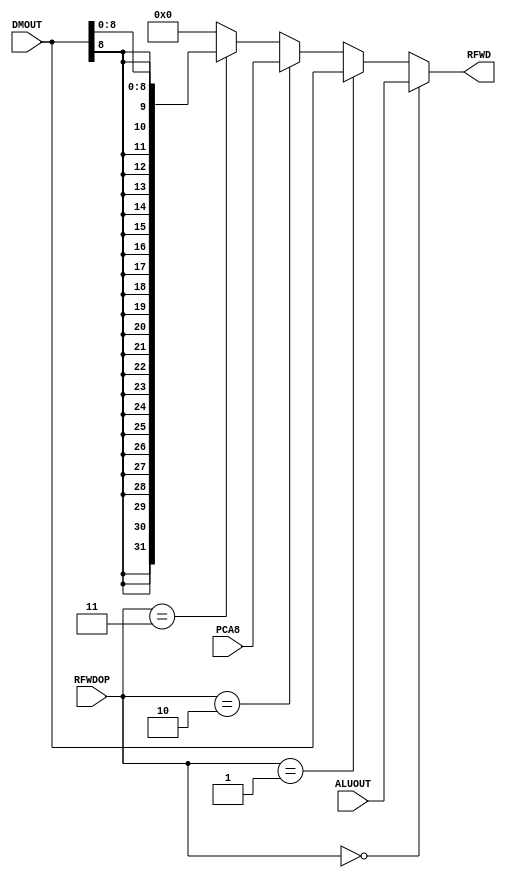
`timescale 1ns / 1ps

module RFWDMUX (input [2:0] RFWDOP,
                input [31:0] ALUOUT,
                input [31:0] DMOUT,
                input [31:0] PCA8,
                output [31:0] RFWD
    
);
        assign RFWD =   (RFWDOP==0)?ALUOUT:
                        (RFWDOP==1)?DMOUT:
                        (RFWDOP==2)?PCA8:
                        (RFWDOP==3)?({{24{DMOUT[8]}},DMOUT[7:0]}):0;
                        
endmodule 



module ALUBMUX (input [2:0]ALUBOP,
                input [31:0] rt,
                input [31:0] IMM16,
                output [31:0] ALUB 
    
);
        assign ALUB =   (ALUBOP==0)?rt:
                        (ALUBOP==1)?IMM16:0;
endmodule //Untitled-2



module  FWCMPRS(input [2:0] FWOP,
                input [31:0] DataFromM,
                input [31:0] DataFromW,
                input [31:0] DataFromD,
                output [31:0] RsToCmp  
);
        assign RsToCmp = (FWOP==2)?DataFromM:
                         (FWOP==1)?DataFromW:DataFromD;
endmodule //MUX

module FWCMPRT(input [2:0] FWOP, 
                input [31:0] DataFromM,
                input [31:0] DataFromW,
                input [31:0] DataFromD,
                output [31:0] RtToCmp  
);
        assign RtToCmp = (FWOP==2)?DataFromM:
                         (FWOP==1)?DataFromW:DataFromD;
endmodule //MUX


module FWALURS (input [2:0] FWOP,
                input [31:0] DataFromM,
                input [31:0] DataFromW,
                input [31:0] DataFromE,
                output [31:0] RsToAlu 
        
);     
        assign RsToAlu = (FWOP==2)?(DataFromM):
                         (FWOP==1)?DataFromW:DataFromE;

endmodule //MUX



module FWALURT(input [2:0] FWOP,
                input [31:0] DataFromM,
                input [31:0] DataFromW,
                input [31:0] DataFromE,
                output [31:0] RtToAlu 
        
);
        assign RtToAlu = (FWOP==2)?(DataFromM):
                         (FWOP==1)?DataFromW:DataFromE;

endmodule //MUX


module FWDRT (input [2:0] FWOP,
              input [31:0] DataFromM,
              input [31:0] DataFromW,
              output [31:0] WDToDM 
        
);
        assign WDToDM = (FWOP==1)?DataFromW:DataFromM;


endmodule //MUX